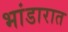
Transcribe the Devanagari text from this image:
भांडारात